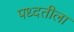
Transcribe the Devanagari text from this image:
पध्दतीला